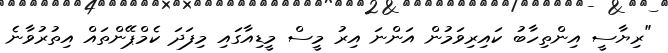
"ރިޔާސީ އިންތިހާބު ކައިރިވަމުން އަންނަ އިރު މީސް މީޑިއާގައި މިފަދަ ކެމްޕޭންތައް އިތުރުވާނެ